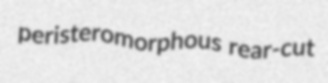
peristeromorphous rear-cut